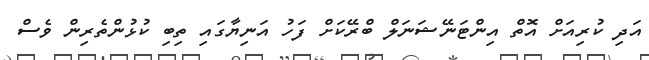
އަދި ކުރިއަށް އޮތް އިންޓަނޭޝަނަލް ބްރޭކަށް ފަހު އަނިޔާގައި ތިބި ކުޅުންތެރިން ވެސް